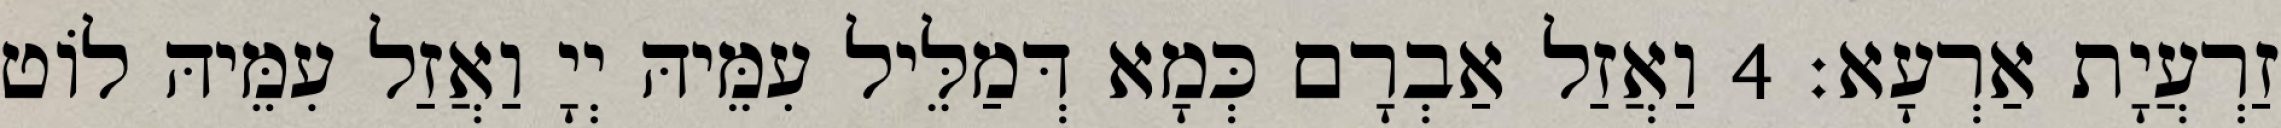
זַרְעֲיָת אַרְעָא׃ 4 וַאֲזַל אַבְרָם כְּמָא דְּמַלֵּיל עִמֵּיהּ יְיָ וַאֲזַל עִמֵּיהּ לוֹט